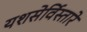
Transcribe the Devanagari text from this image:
यशसेर्विस्तारे